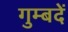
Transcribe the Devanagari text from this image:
गुम्बदें